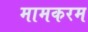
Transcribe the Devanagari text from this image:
मामकरम